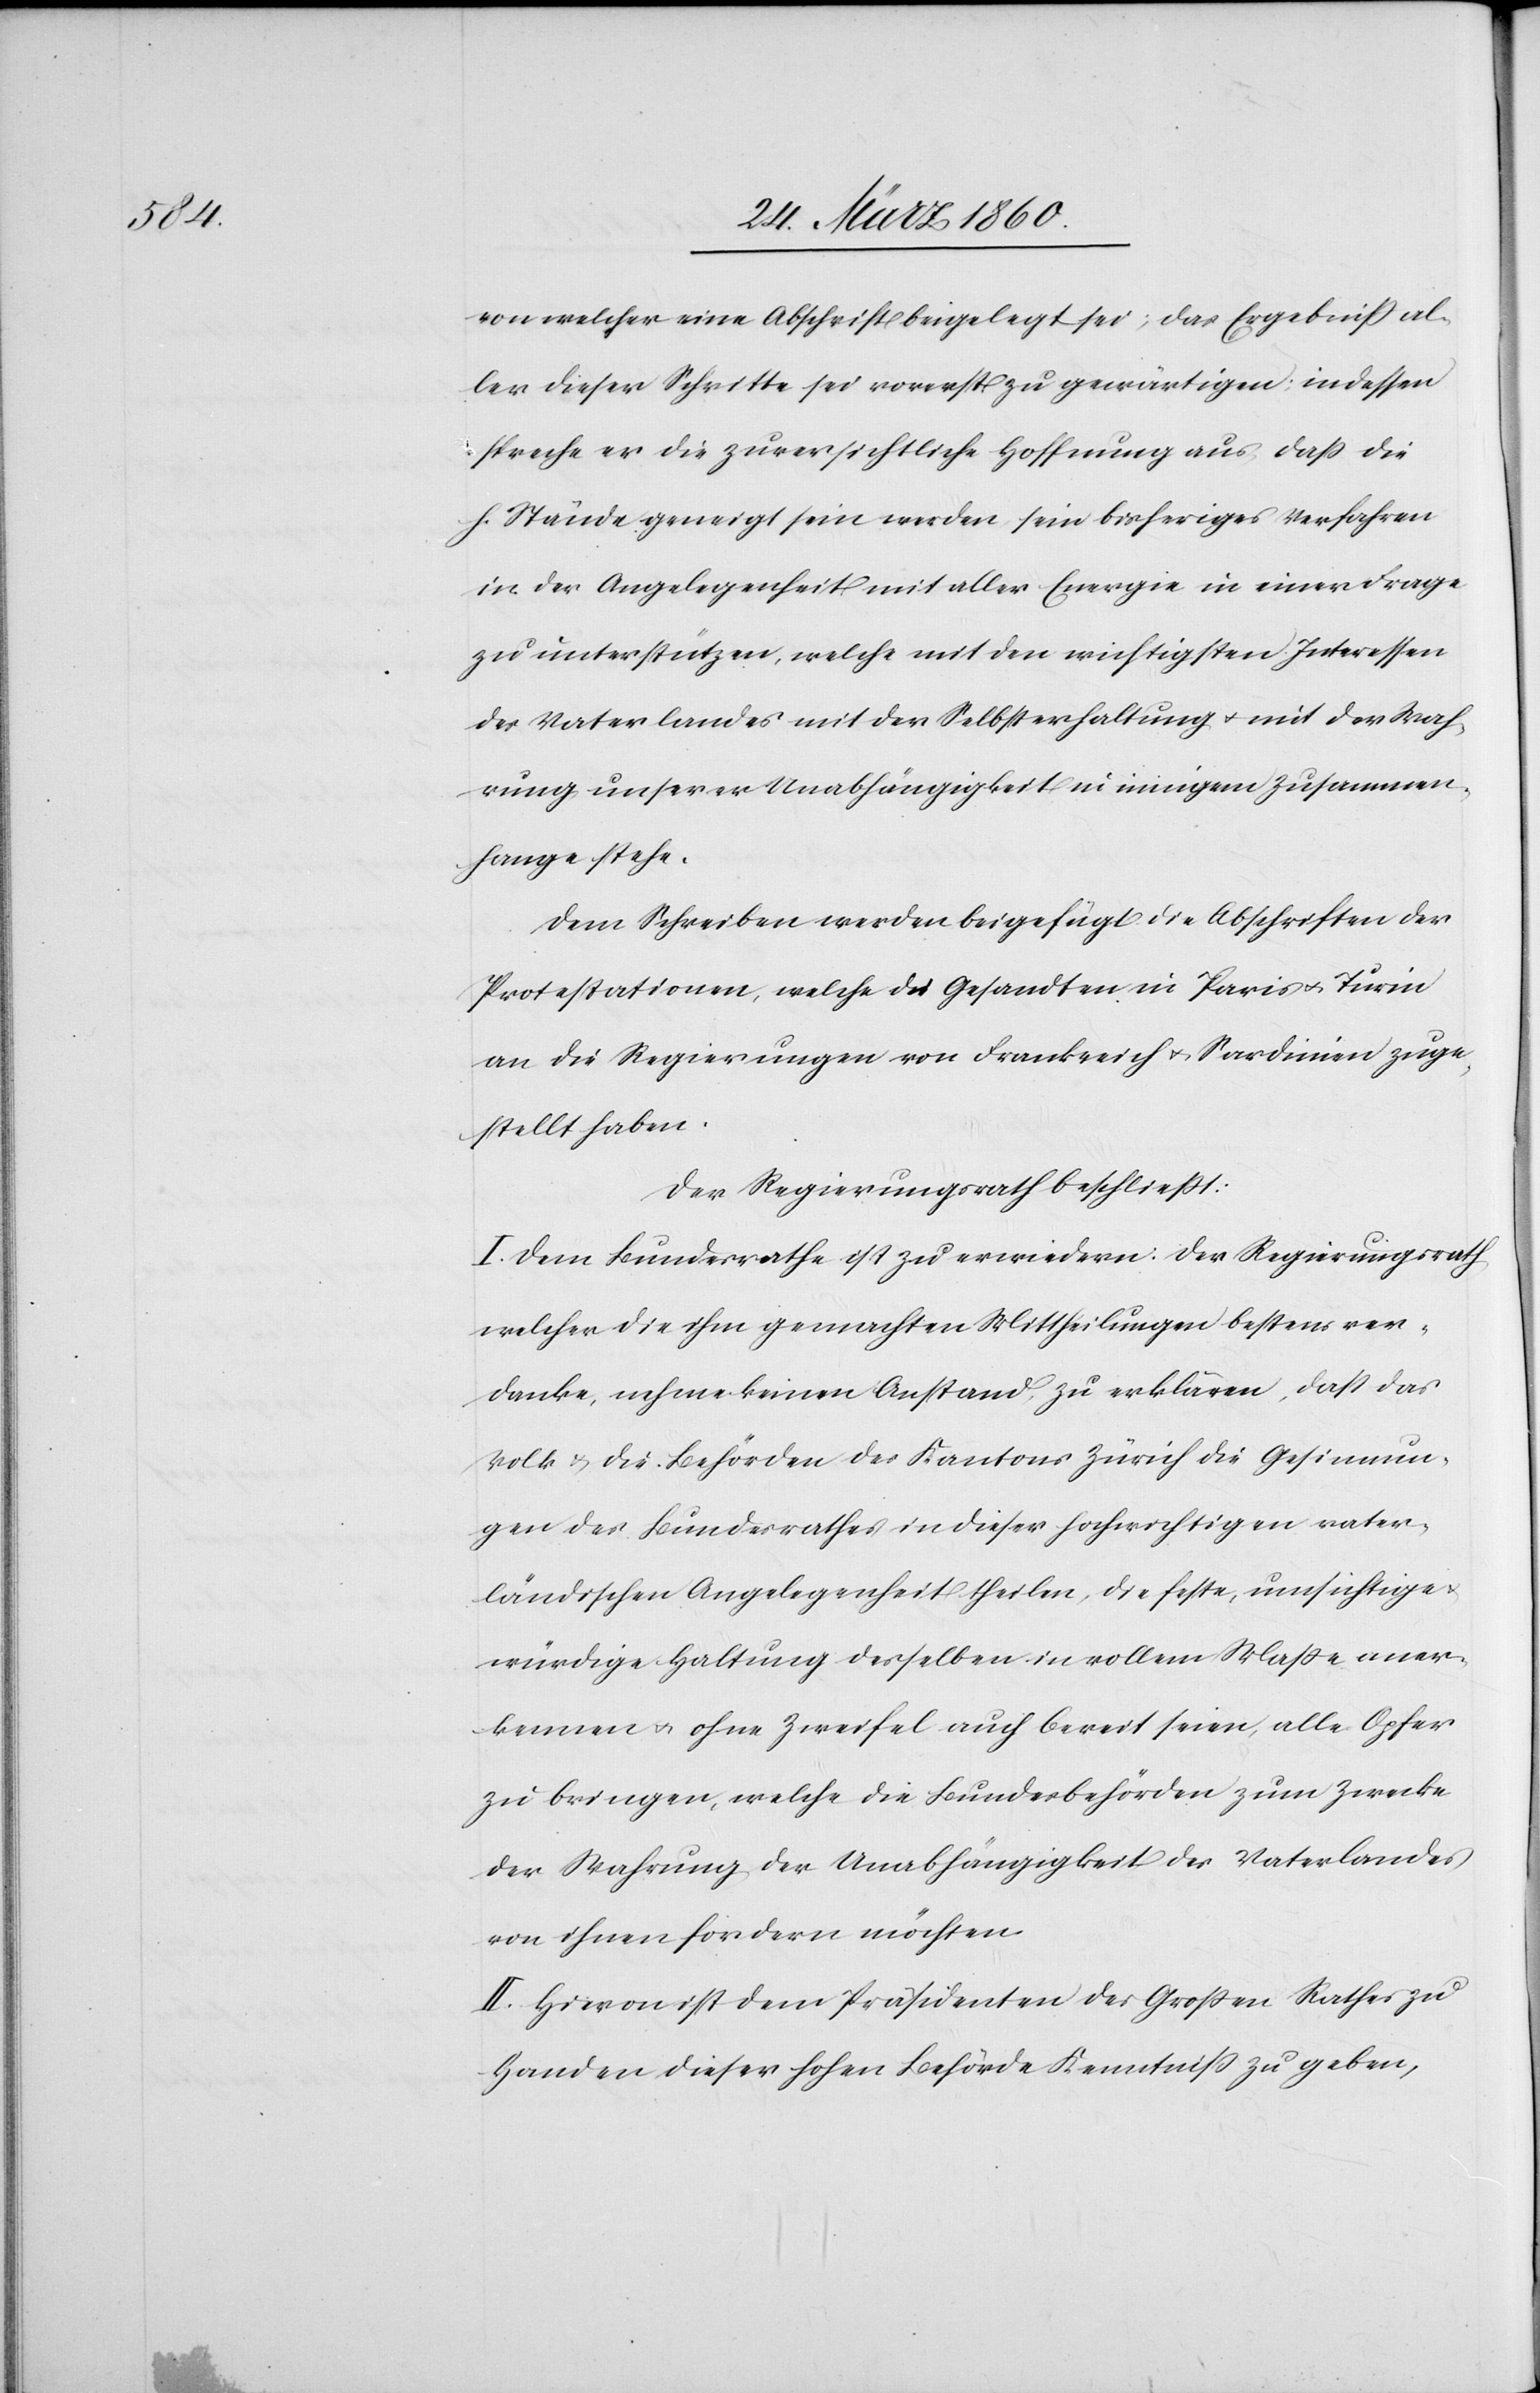
von welcher eine Abschrift beigelegt sei; das Ergebniss al¬
ler dieser Schritte sei vorerst zu gewärtigen; indessen
spreche er die zuversichtliche Hoffnung aus, dass die
h. Stände geneigt sein werden, sein bisheriges Verfahren
in der Angelegenheit mit aller Energie in einer Frage
zu unterstützen, welche mit den wichtigsten Interessen
des Vaterlandes mit der Selbsterhaltung u. mit der Wah¬
rung unserer Unabhängigkeit in innigem Zusammen¬
hange stehe.
Dem Schreiben werden beigefügt: die Abschriften der
Protestationen, welche die Gesandten in Paris u. Turin
an die Regierungen von Frankreich u. Sardinien zuge¬
stellt haben.
Der Regierungsrath beschliesst:
I. Dem Bundesrathe ist zu erwidern: Der Regierungsrath,
welcher die ihm gemachten Mittheilungen bestens ver¬
danke, nehme keinen Anstand zu erklären, dass das
Volk u. die Behörden des Kantons Zürich die Gesinnun¬
g des Bundesrathes in dieser hochwichtigen vater¬
ländischen Angelegenheit theilen, die feste umsichtige
würdige Haltung desselben in vollem Masse aner¬
kennen u. ohne Zweifel auch bereit seien, alle Opfer
zu bringen, welche die Bundesbehörden zum Zwecke
der Wahrung der Unabhängigkeit des Vaterlandes
von ihnen fordern möchten.
II. Hievon ist dem Präsidenten des Grossen Rathes zu
Handen dieser hohen Behörde Kenntniß zu geben,